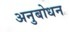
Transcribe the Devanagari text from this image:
अनुबोधन